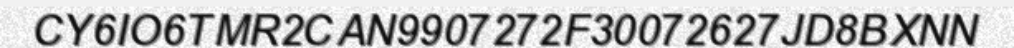
CY6IO6TMR2CAN9907272F30072627JD8BXNN